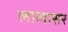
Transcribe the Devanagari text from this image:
लालासर